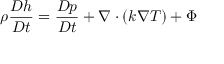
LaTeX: \ \rho { \frac { D h } { D t } } = { \frac { D p } { D t } } + \nabla \cdot \left( k \nabla T \right) + \Phi